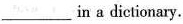
___ in a dictionary.